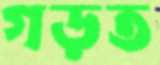
গড়ত